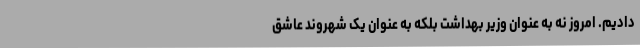
دادیم. امروز نه به عنوان وزیر بهداشت بلکه به عنوان یک شهروند عاشق